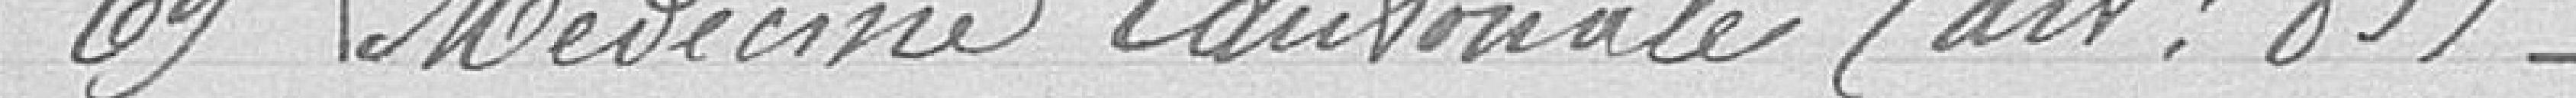
69 Médecine cantonale (art : 83)